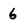
Character: 6